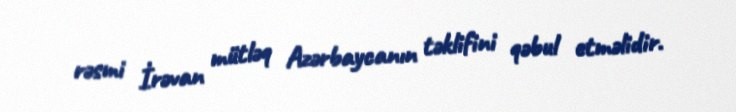
rəsmi İrəvan mütləq Azərbaycanın təklifini qəbul etməlidir.